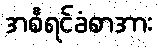
အစီရင်ခံစာအား